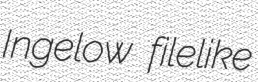
Ingelow filelike